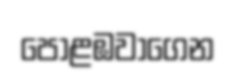
පොළඹවාගෙන